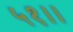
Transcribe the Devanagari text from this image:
५१।।